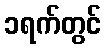
၁ရက်တွင်